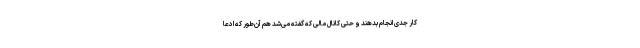
کار جدی انجام بدهند و حتی کانال مالی که گفته می‌شد هم آن‌طور که ادعا